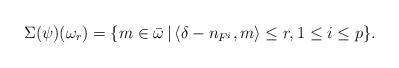
LaTeX: \begin{align*}\Sigma(\psi)(\omega_r) = \{ m \in \bar\omega\,|\, \langle \delta- n_{F^i} ,m\rangle \le r, 1\le i\le p\}.\end{align*}